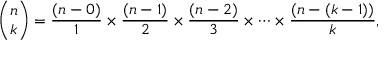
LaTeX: { \binom { n } { k } } = { \frac { ( n - 0 ) } { 1 } } \times { \frac { ( n - 1 ) } { 2 } } \times { \frac { ( n - 2 ) } { 3 } } \times \cdots \times { \frac { ( n - ( k - 1 ) ) } { k } } ,